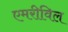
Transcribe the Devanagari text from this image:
एमरीविल